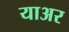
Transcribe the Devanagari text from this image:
याअर